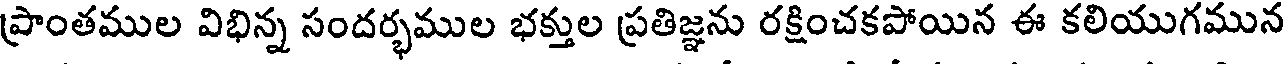
ప్రాంతముల విభిన్న సందర్భముల భక్తుల ప్రతిజ్ఞను రక్షించకపోయిన ఈ కలియుగమున